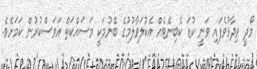
މޯދީ ވިދާޅުވެފައި ވަނީ ކުޑަ ކެބިނެޓެއް އެކުލަވާލުމުގެ ބޭނުމަކީ މަސައްކަތް އަވަސްކުރުން ކަމަށެވެ.